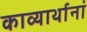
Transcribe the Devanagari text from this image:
काव्यार्थानां